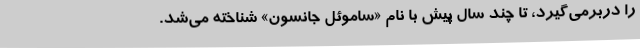
را دربرمی‌گیرد، تا چند سال پیش با نام «ساموئل جانسون» شناخته می‌شد.